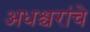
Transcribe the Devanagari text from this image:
अधश्चरांचे